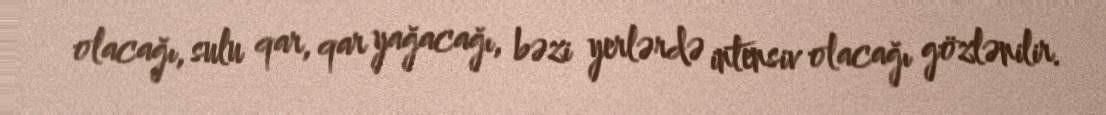
olacağı, sulu qar, qar yağacağı, bəzi yerlərdə intensiv olacağı gözlənilir.